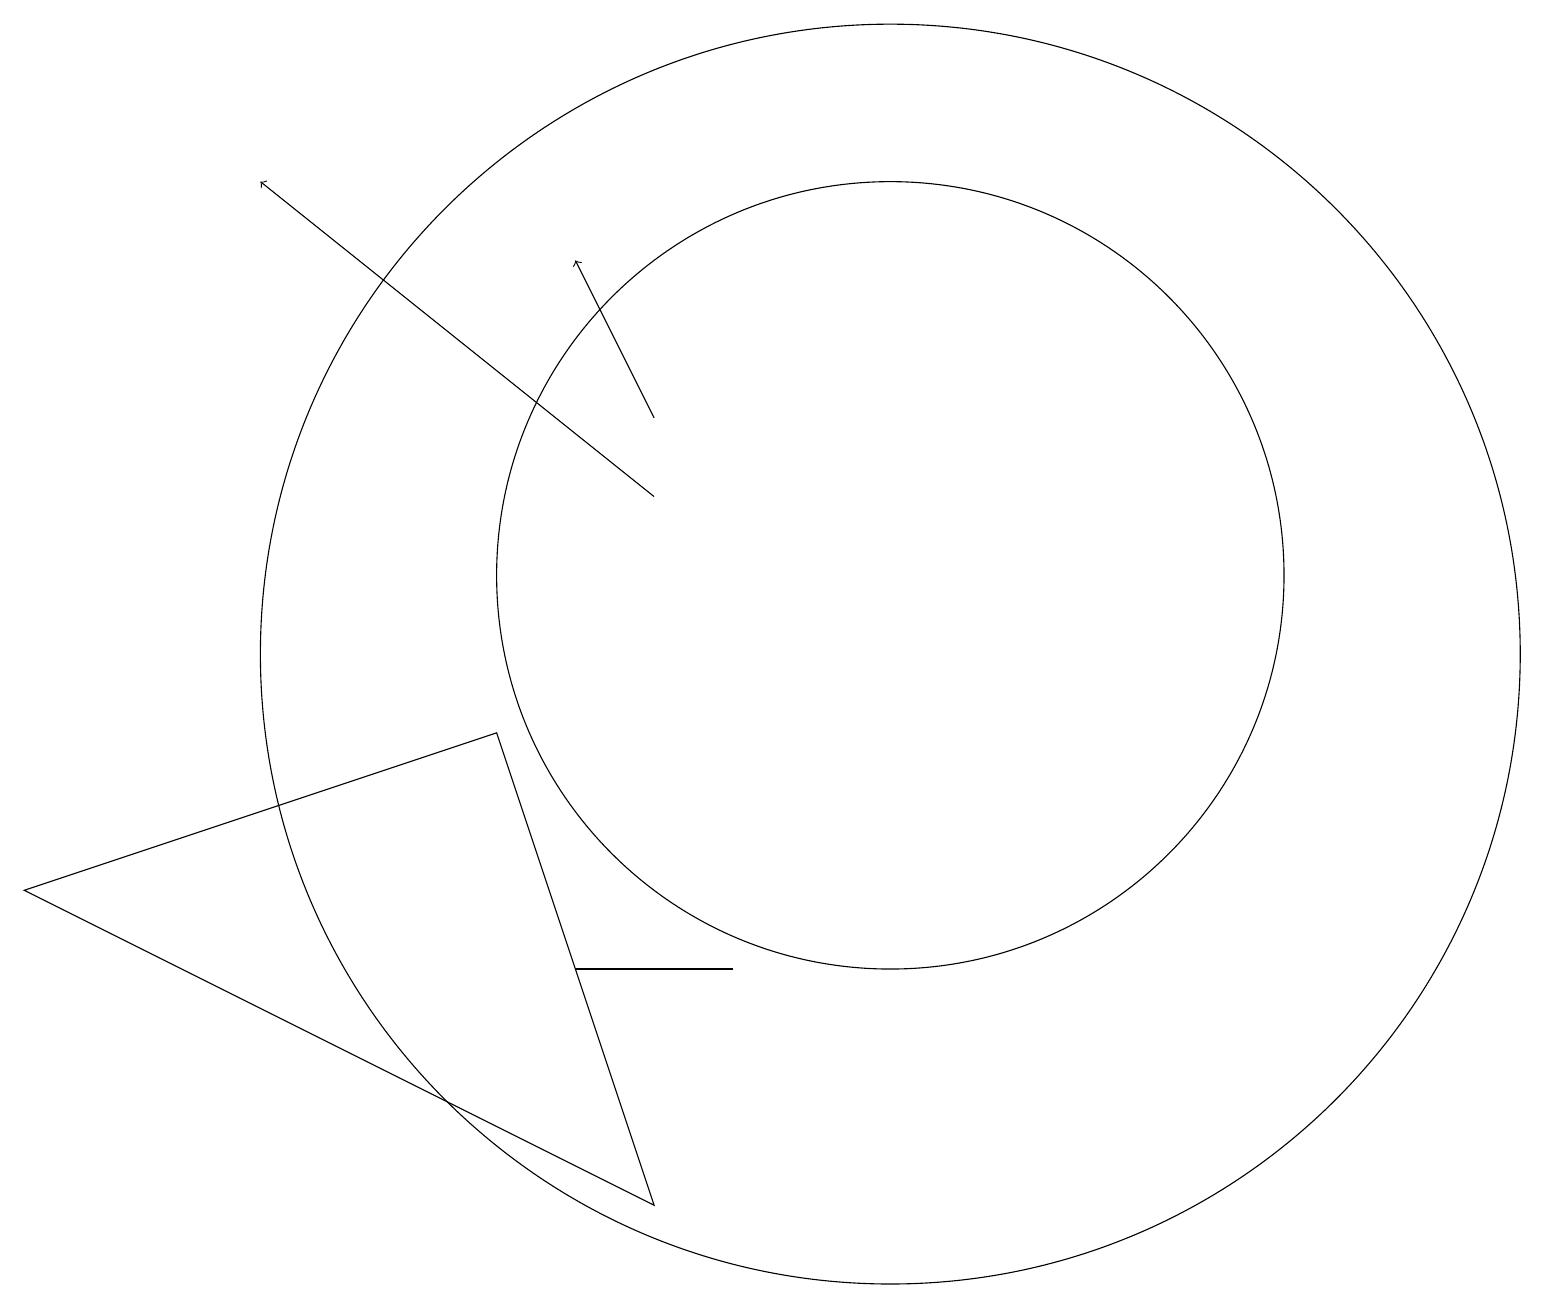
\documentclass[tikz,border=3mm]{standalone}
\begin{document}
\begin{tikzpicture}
\draw (11,11) circle (5);
\draw[->] (8,13) -- (7,15);
\draw (6,9) -- (8,3) -- (0,7) -- cycle;
\draw (7,6) -- (8,6) -- (9,6) -- cycle;
\draw[->] (8,12) -- (3,16);
\draw (11,10) circle (8);
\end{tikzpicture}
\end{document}